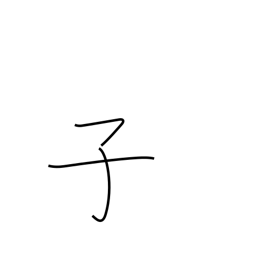
Meaning: 11PM-1AM